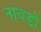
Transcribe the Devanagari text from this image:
नावडो